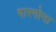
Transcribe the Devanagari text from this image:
गारगोना